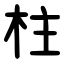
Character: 柱